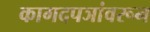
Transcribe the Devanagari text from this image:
कागदपञांवरून